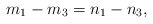
\begin{align*}m_1-m_3=n_1-n_3,\end{align*}